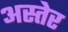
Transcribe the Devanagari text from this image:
अस्तेर